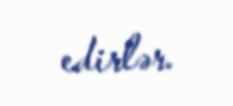
edirlər.